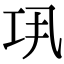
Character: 𢀜